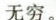
无穷。